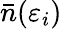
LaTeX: {\bar{n}}(\varepsilon_{i})